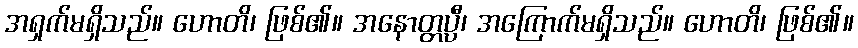
အရှက်မရှိသည်။ ဟောတိ၊ ဖြစ်၏။ အနောတ္တပ္ပီ၊ အကြောက်မရှိသည်။ ဟောတိ၊ ဖြစ်၏။